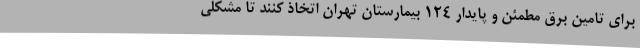
برای تامین برق مطمئن و پایدار ١٢٤ بیمارستان تهران اتخاذ کنند تا مشکلی